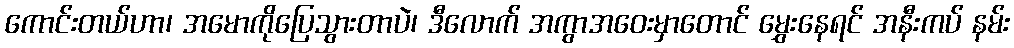
ကောင်းတယ်ဟာ၊ အမောကိုပြေသွားတာပဲ၊ ဒီလောက် အကွာအဝေးမှာတောင် မွှေးနေရင် အနီးကပ် နမ်း